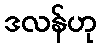
ဒလန်ဟု